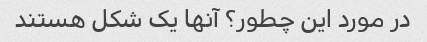
در مورد این چطور؟ آنها یک شکل هستند